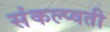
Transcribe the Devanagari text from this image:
संकल्प्वती